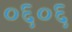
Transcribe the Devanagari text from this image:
०६०६